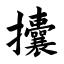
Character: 攮